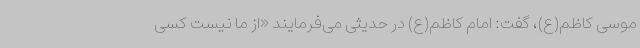
موسی کاظم(ع)، گفت: امام کاظم(ع) در حدیثی می‌فرمایند «از ما نیست کسی